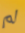
لم